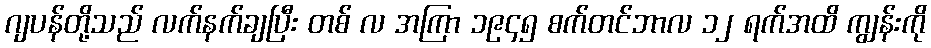
ဂျပန်တို့သည် လက်နက်ချပြီး တစ် လ အကြာ ၁၉၄၅ စက်တင်ဘာလ ၁၂ ရက်အထိ ကျွန်းကို